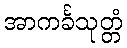
အာကင်္ခသုတ္တံ